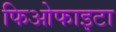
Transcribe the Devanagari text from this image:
फिओफाइटा